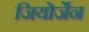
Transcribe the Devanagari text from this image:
जियोर्जेन